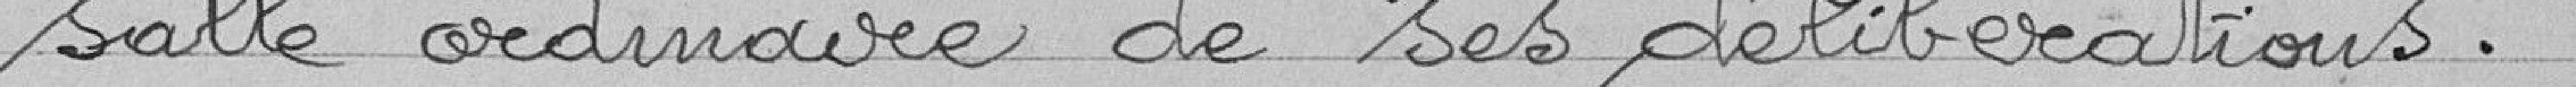
salle ordinaire de ses délibérations